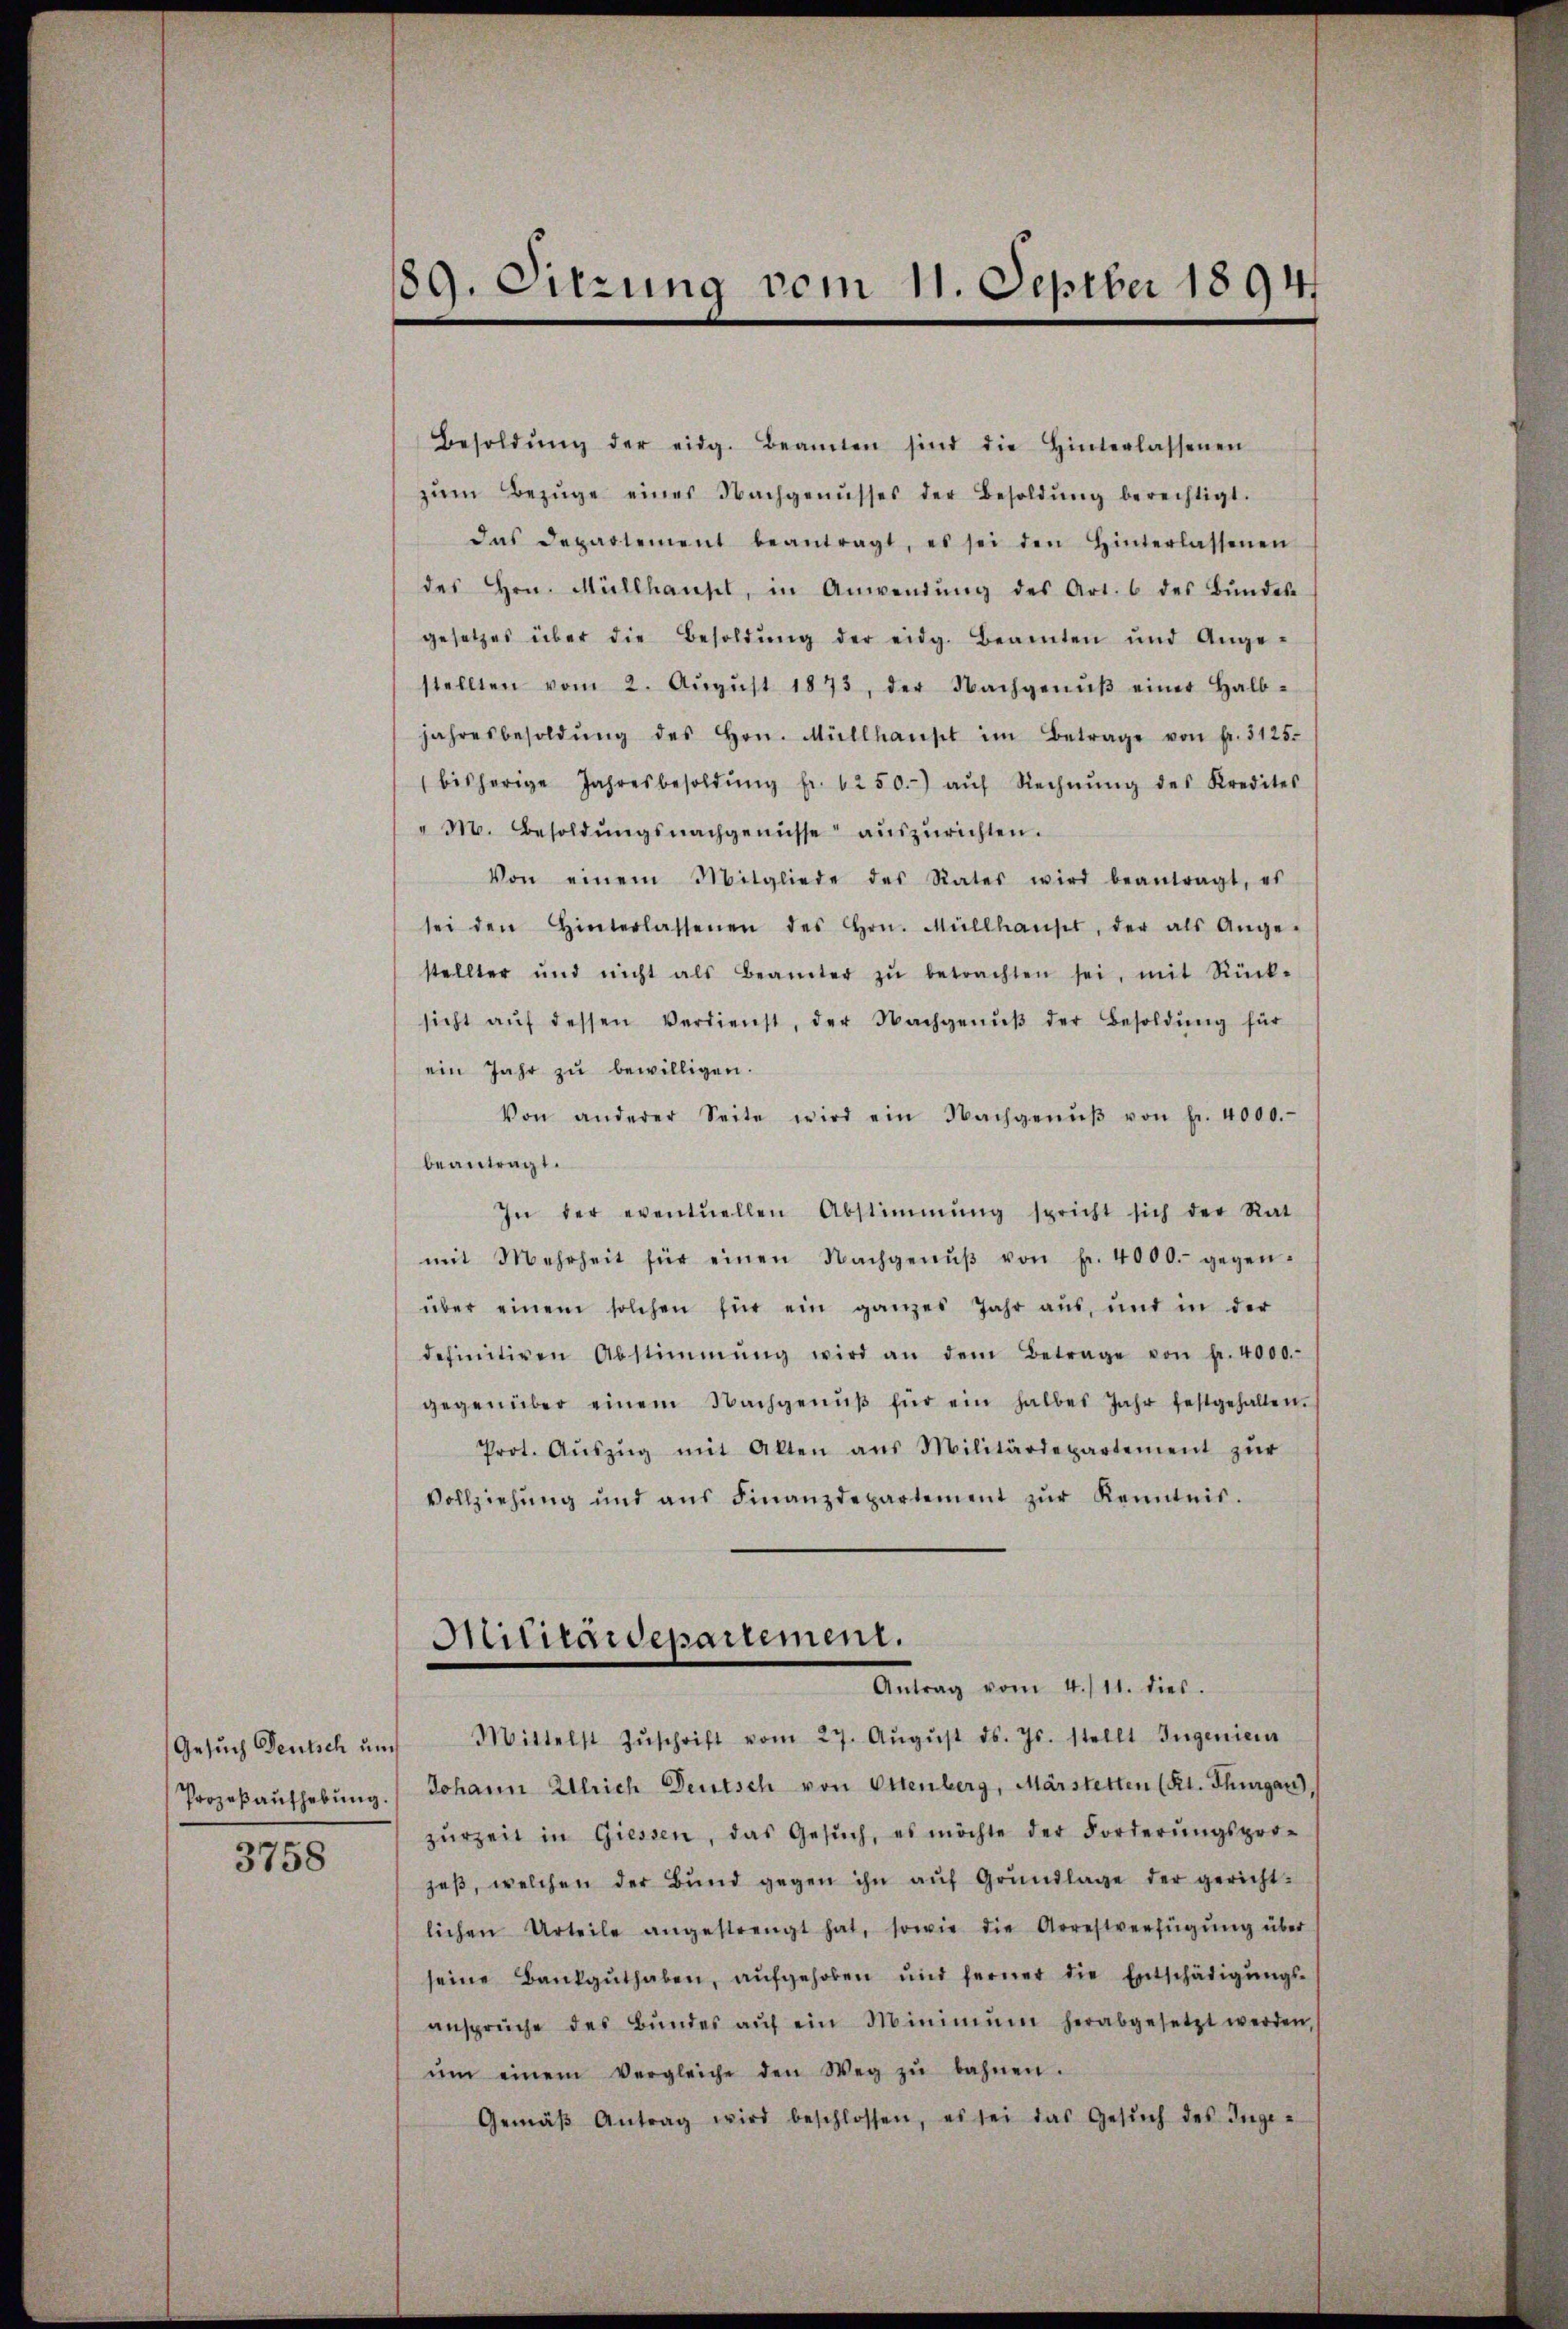
Gesuch Deutsch und
Prozeβaŭfhebung.

3758

189. Sitzung vom 11. Septber 1894

Besoldŭng der eidg. Beamten sind die Hinterlassenen
zŭm Bezüge eines Nachgenŭsses der Besoldŭng berechtigt.
das Departement beantragt, es sei den Hinterlassenen
des Hrn. Müllhausel, in Anwendŭng des Art. 6 des Bŭndes-
gesetzes über die Besoldŭng der eidg. Beamten und Ange-
stellten vom 2. Aŭgŭst 1873, der Nachgenŭβ einer Halb-
jahresbesoldŭng des Hrn. Müllhausel im Betrage von fr. 3125.
bisherige Jahresbesoldŭng fr. 1250. aŭf Rechnŭng des Kredites
" N. Besoldŭngsnachgenüsse aŭszŭrichten.
Von einem Mitgliede des Rates wird beantragt, es
sei den Hinterlassenen des Hrn. Müllhauses, der als Ange-
stellter und nicht als Beamter zŭ betrachten sei, mit Rück-
sicht aŭf dessen Verdienst, der Nachgenŭβ der Besoldŭng für
ein Jahr zŭ bewilligen.
Von anderer Seite wird ein Nachgenŭβ von fr. 4000.
beantragt.
In der eventuellen Abstimmung spricht sich der Rat
mit Mehrheit für einen Nachgenŭβ von fr. 4000.- gegen-
über einem solchen für ein ganzes Jahr aŭs, und in der
definitiven Abstimmung wird an dem Betrage von fr. 4000.
gegenüber einem Nachgenŭβ für ein halbes Jahr festgehalten.
Prot. Aŭszŭg mit Alten ans Militärdepartement zŭr
Vollziehŭng und ans Finanzdepartement zŭr Kenntnis.
Aiticaidepartement.
Antrag vom 4./11. dies.
Mittelst Zŭschrift vom 27. Aŭgŭst ds. Js. stellt Ingeniem
Johann Ulrich Deutsch von Ottenberg, Märstetten (Kt. Thurgau,
zŭrzeit in Giessen, das Gesŭch, es möchte der Forderŭngspro-
zaβ, welchen der Bŭnd gegen ihn aŭf Grŭndlage der gericht-
lichen Urteile angestrengt hat, sowie die Arrestverfügŭng über
seine Bankgŭthaben, aŭfgehoben und ferner die Entschädigŭngs-
ansprüche des Bŭndes aŭf ein Minimŭm herabgesetzt werden,
ŭm einem Vergleiche den Weg zŭ bahnen.
Gemäβ Antrag wird beschlossen, es sei das Gesŭch des Inge-